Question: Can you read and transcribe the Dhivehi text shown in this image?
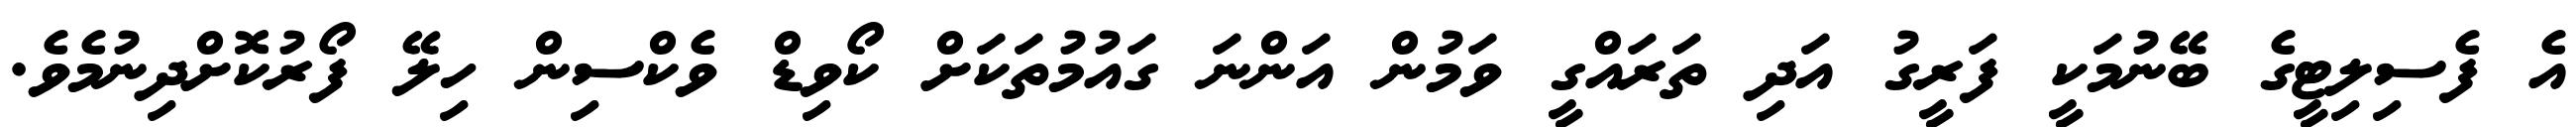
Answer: އެ ފެސިލިޓީގެ ބޭނުމަކީ ފަރީގު އަދި ތަރައްގީ ވަމުން އަންނަ ގައުމުތަކަށް ކޯވިޑް ވެކްސިން ހިލޭ ފޯރުކޮށްދިނުމެވެ.